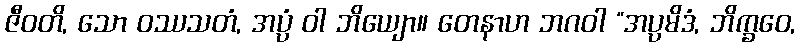
ဇီဝတိ, သော ဝဿသတံ, အပ္ပံ ဝါ ဘိယျော။ တေနာဟ ဘဂဝါ “အပ္ပမိဒံ, ဘိက္ခဝေ,